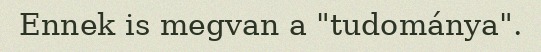
Ennek is megvan a "tudománya".